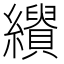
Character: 𦇣